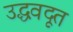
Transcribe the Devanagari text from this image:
उद्धवदूत